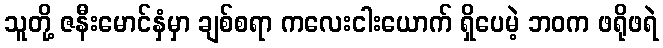
သူတို့ ဇနီးမောင်နှံမှာ ချစ်စရာ ကလေးငါးယောက် ရှိပေမဲ့ ဘဝက ဖရိုဖရဲ